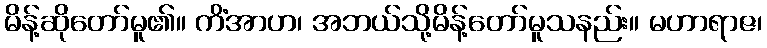
မိန့်ဆိုတော်မူ၏။ ကိံအာဟ၊ အဘယ်သို့မိန့်တော်မူသနည်း။ မဟာရာဇ၊